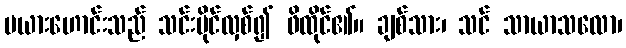
မယားဟောင်းသည် သင်းပိုင်လှစ်၍ ဖိထိုင်၏။ ချစ်သား၊ သင် သာယာသလော၊